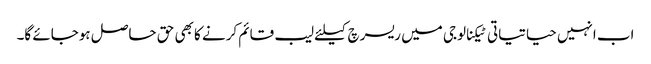
اب انہیں حیاتیاتی ٹیکنالوجی میں ریسرچ کیلئے لیب قائم کرنے کا بھی حق حاصل ہوجائے گا۔